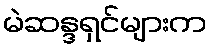
မဲဆန္ဒရှင်များက